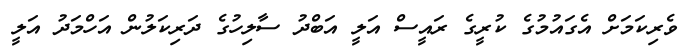
ވެރިކަމަށް އެގައުމުގެ ކުރީގެ ރައީސް އަލީ އަބްދު ސާލިހުގެ ދަރިކަލުން އަހްމަދު އަލީ